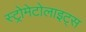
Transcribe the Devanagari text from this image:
स्ट्रोमेटोलाइट्स